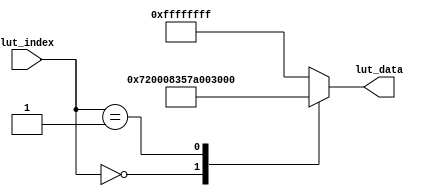
//////////////////////////////////////////////////////////////////////////////////
//                                                                              //
//                                                                              //
//          msq@qq.com                                                          //
//          ALINX(shanghai) Technology Co.,Ltd                                  //
//          heijin                                                              //
//     WEB: http://www.alinx.cn/                                                //
//     BBS: http://www.heijin.org/                                              //
//                                                                              //
//////////////////////////////////////////////////////////////////////////////////
//                                                                              //
// Copyright (c) 2017,ALINX(shanghai) Technology Co.,Ltd                        //
//                    All rights reserved                                       //
//                                                                              //
// This source file may be used and distributed without restriction provided    //
// that this copyright statement is not removed from the file and that any      //
// derivative work contains the original copyright notice and the associated    //
// disclaimer.                                                                  //
//                                                                              //
//////////////////////////////////////////////////////////////////////////////////

//================================================================================
//  Revision History:
//  Date          By            Revision    Change Description
//--------------------------------------------------------------------------------
//  2017/12/28     meisq          1.0         Original
//*******************************************************************************/

module lut_si9134(
	input[9:0]             lut_index, // Look-up table index address
	output reg[31:0]       lut_data   // I2C device address register address register data
);

always@(*)
begin
	case(lut_index)
		//To be compatible with the 16bit register address, add 8'h00
		8'd0 	: 	lut_data	<= 	{8'h72,24'h000835};   //16'h4110; 	
		8'd1 	: 	lut_data	<= 	{8'h7a,24'h002f00};
		default:lut_data <= {8'hff,16'hffff,8'hff};
	endcase
end


endmodule